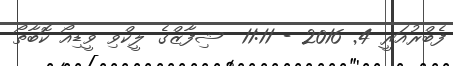
ފެބްރުއަރީ 4